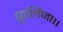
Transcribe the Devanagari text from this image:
फुलिजा।।